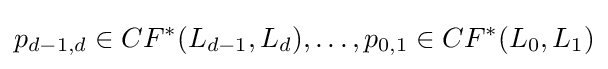
p_{d-1,d}\in CF^{*}(L_{d-1},L_{d}),\ldots ,p_{0,1}\in CF^{*}(L_{0},L_{1})